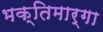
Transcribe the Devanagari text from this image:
भक्तिमार्गा